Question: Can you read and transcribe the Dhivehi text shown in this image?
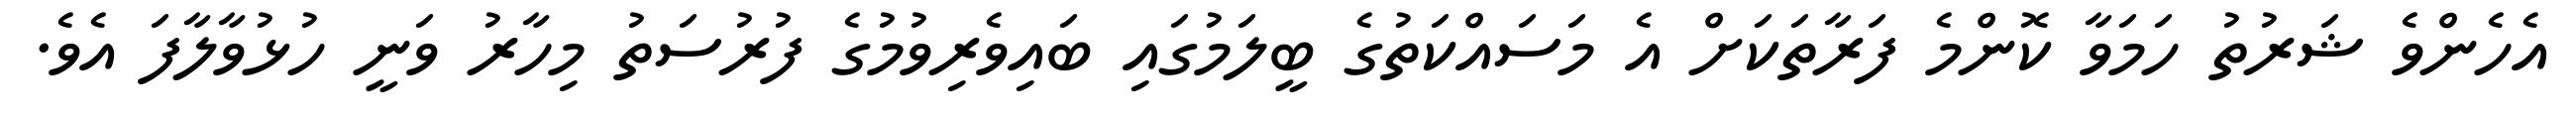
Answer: އެހެންވެ ޝަރުތު ހަމަވާ ކޮންމެ ފަރާތަކަށް އެ މަސައްކަތުގެ ބީލަމުގައި ބައިވެރިވުމުގެ ފުރުސަތު މިހާރު ވަނީ ހުޅުވާލާފަ އެވެ.